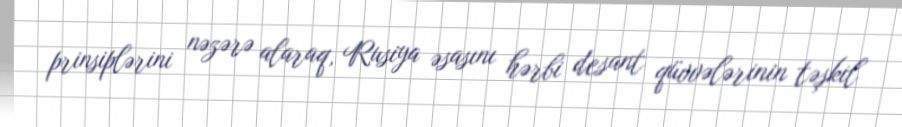
prinsiplərini nəzərə alaraq, Rusiya əsasını hərbi desant qüvvələrinin təşkil